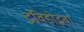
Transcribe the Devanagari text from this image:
द्रविड़ोद्भवा